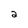
Character: 2